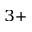
^ { 3 + }